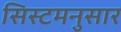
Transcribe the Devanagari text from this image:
सिस्टमनुसार